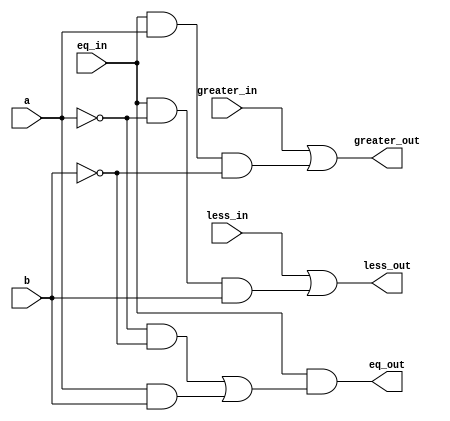
module one_bit_comparator (a, b, less_in, eq_in, greater_in, less_out, eq_out, greater_out);

   input a;
   input b;
   input less_in;
   input eq_in;
   input greater_in;

   output less_out;
   wire less_out;
   output eq_out;
   wire eq_out;
   output greater_out;
   wire greater_out;

   assign less_out = less_in | (eq_in & ~a & b);
   assign eq_out = eq_in & ((~a & ~b) | (a & b));
   assign greater_out = greater_in | (eq_in & a & ~b);

endmodule